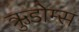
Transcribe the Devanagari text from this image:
ऋुडोम्स